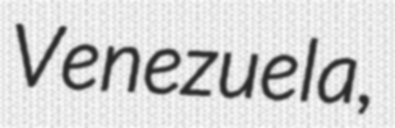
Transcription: Venezuela,